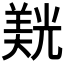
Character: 𮊮